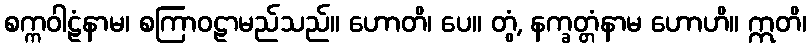
စက္ကဝါဠံနာမ၊ စကြာဝဠာမည်သည်။ ဟောတိ၊ ပေ။ တွံ, နက္ခတ္တံနာမ ဟောဟိ။ ဣတိ၊